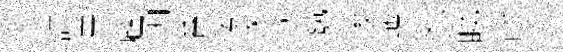
誌卓顧函審奏遂莎勢涘迤恕睇呼